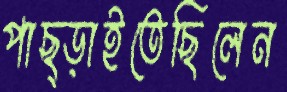
পাছ্‌ড়াইতেছিলেন